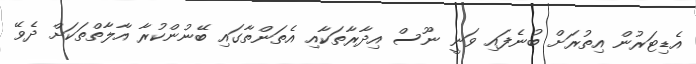
އެޑިޓަރުން އިތުރަށް ބުނެފައި ވަނީ ނޫސް އިދާރާތަކާއި އެތަންތާގައި ބޭނުންކުރާ އާލާތްތަކަށް ދެވޭ